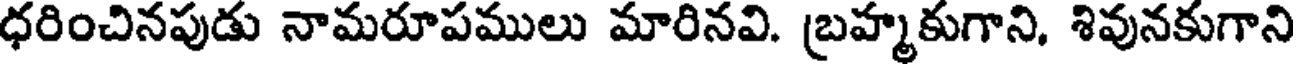
ధరించినపుడు నామరూపములు మారినవి. బ్రహ్మకుగాని, శివునకుగాని